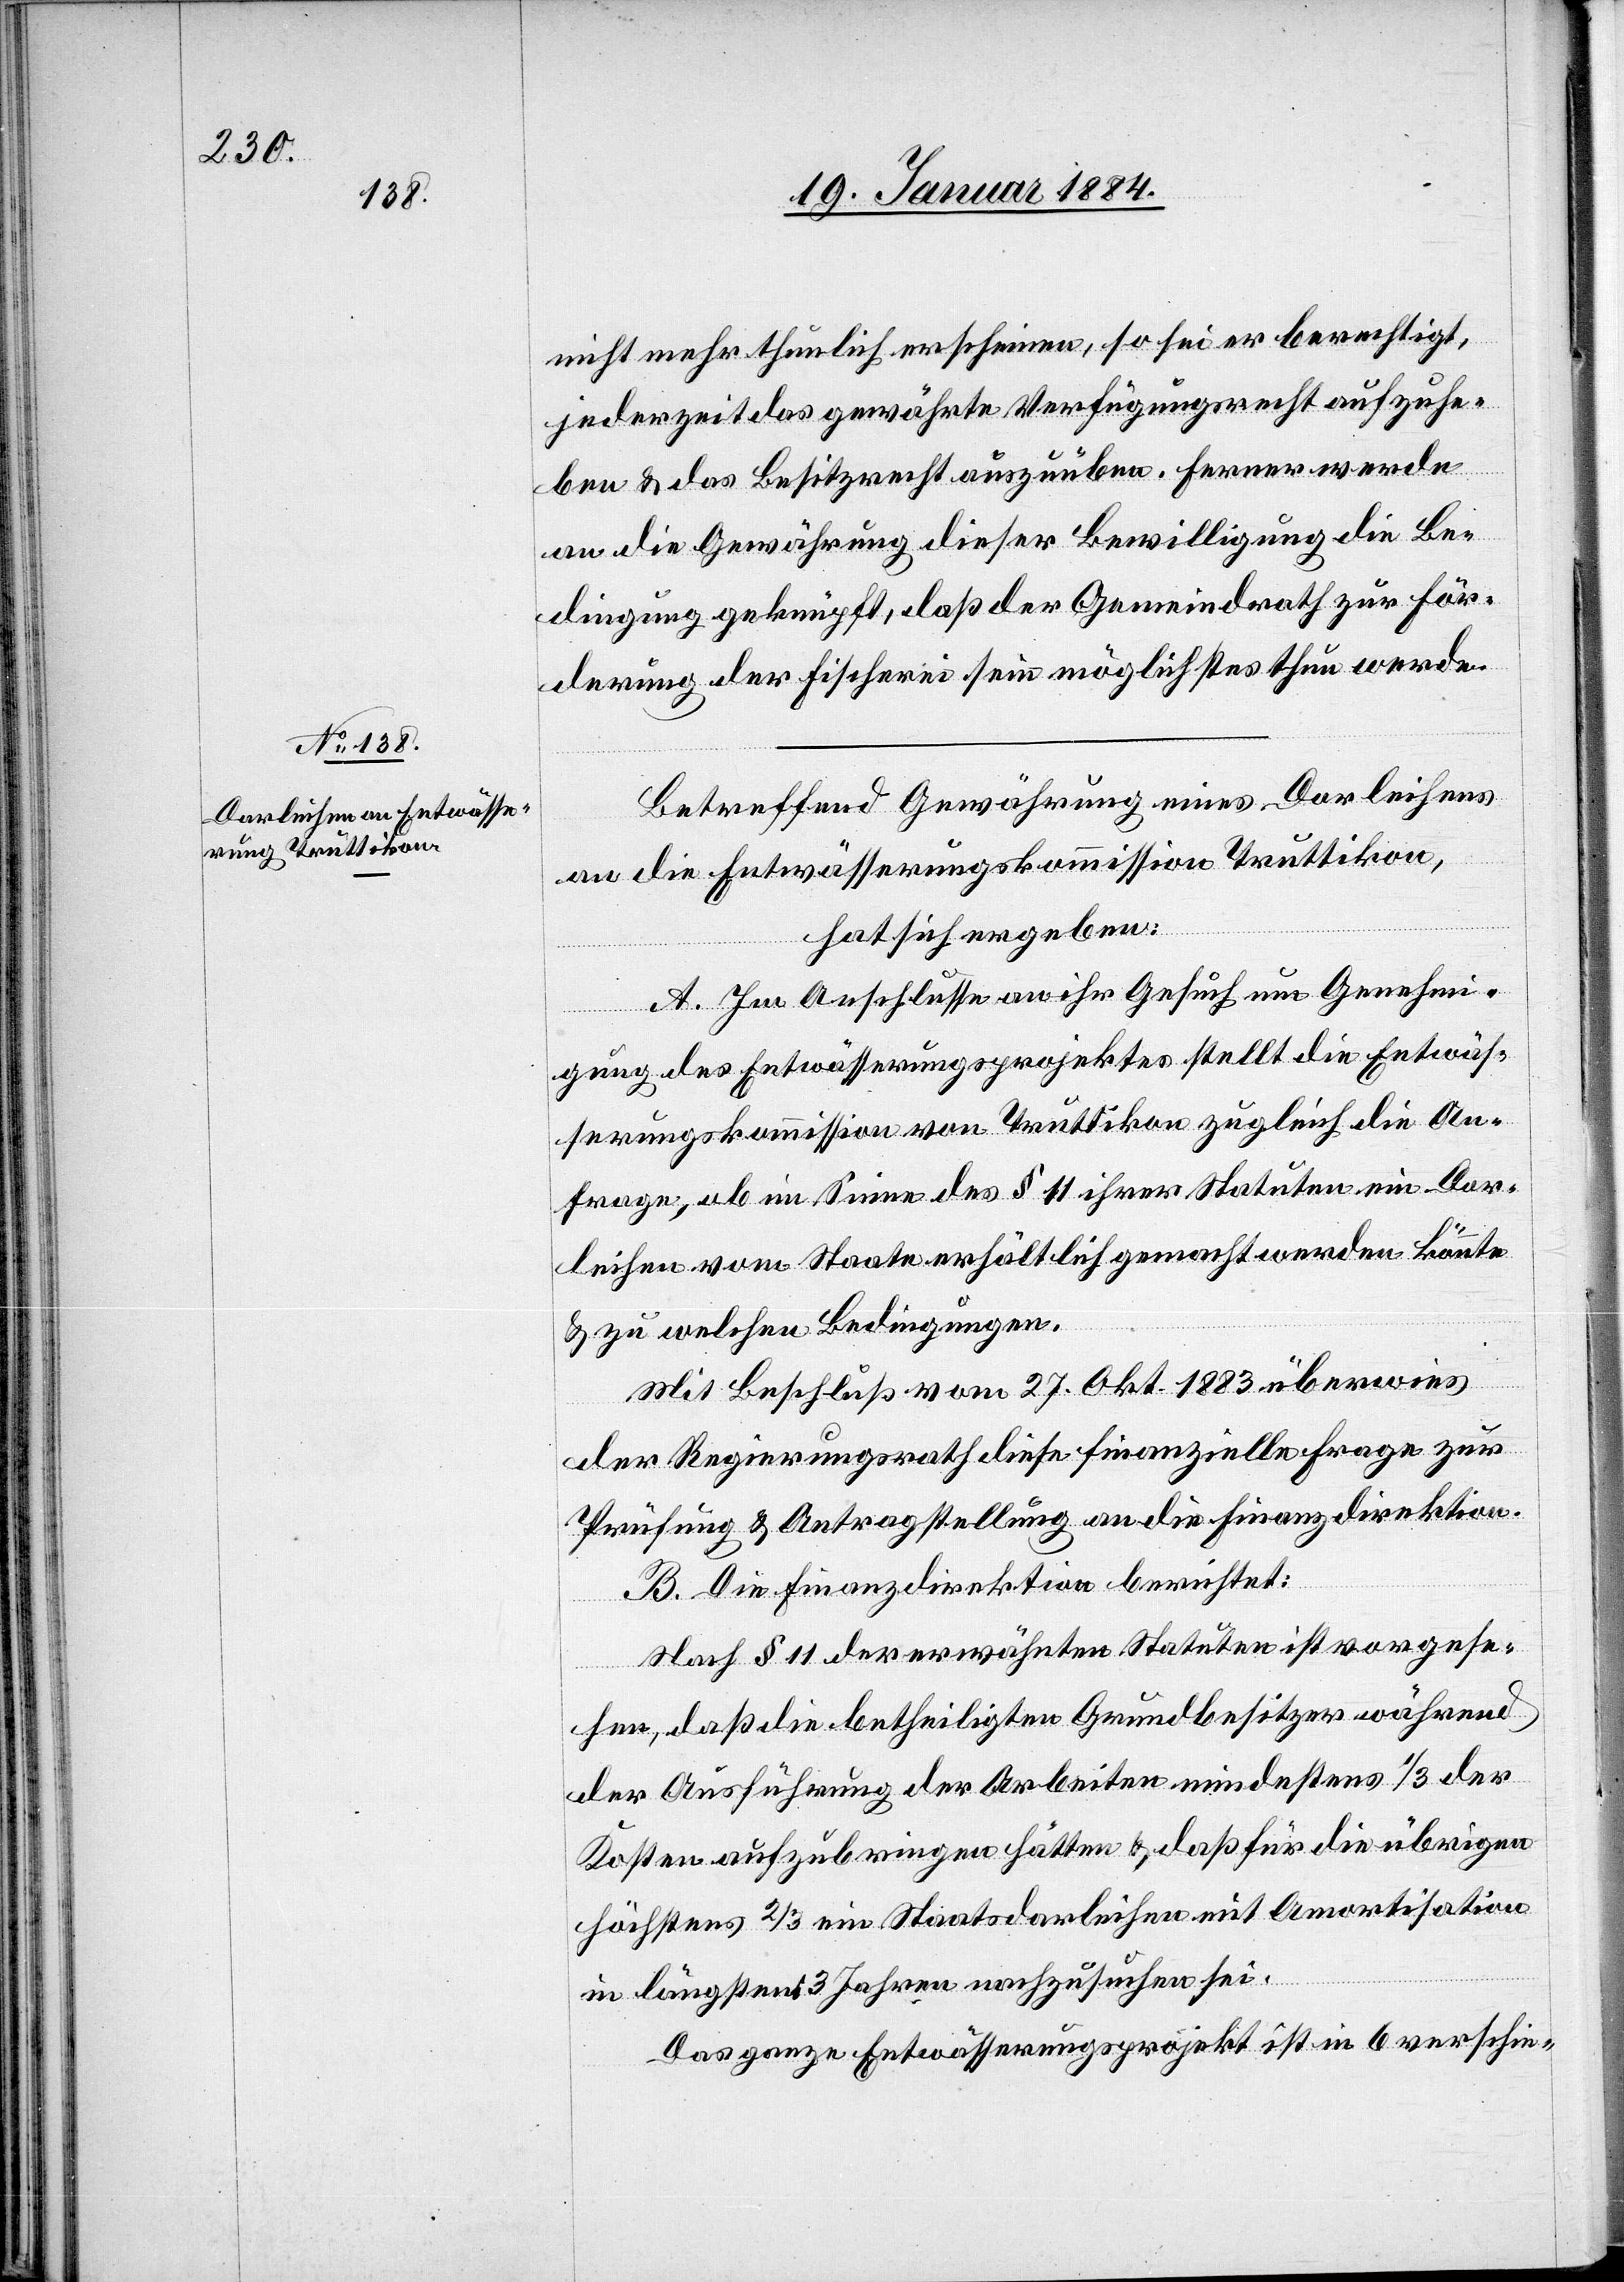
nicht mehr thunlich erscheinen, so sei er berechtigt,
jederzeit das gewährte Verfügungsrecht aufzuhe¬
ben & das Besitzrecht auszuüben. Ferner werde
an die Gewährung dieser Bewilligung die Be¬
dingung geknüpft, daß der Gemeindrath zur För¬
derung der Fischerei sein möglichstes thun werde.
Betreffend Gewährung eines Darleihens
an die Entwässerungskommission Truttikon,
hat sich ergeben:
A. Im Anschlusse an ihr Gesuch um Genehmi¬
gung des Entwässerungsprojektes stellt die Entwäs¬
serungskommission von Truttikon zugleich die An¬
frage, ob im Sinne des § 11 ihrer Statuten ein Dar¬
leihen vom Staate erhältlich gemacht werden könnte
& zu welchen Bedingungen.
Mit Beschluß vom 27. Okt. 1883 überwies
der Regierungsrath diese finanzielle Frage zur
Prüfung & Antragstellung an die Finanzdirektion.
B. Die Finanzdirektion berichtet:
Nach § 11 der erwähnten Statuten ist vorgese¬
hen, daß die betheiligten Grundbesitzer während
der Ausführung der Arbeiten mindestens 1/3 der
Kosten aufzubringen hätten & daß für die übrigen
höchstens 2/3 ein Staatsdarleihen mit Amortisation
in längstens 3 Jahren nachzusuchen sei.
Das ganze Entwässerungsprojekt ist in 6 verschie-